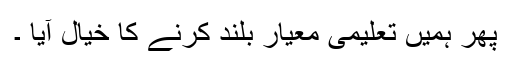
پھر ہمیں تعلیمی معیار بلند کرنے کا خیال آیا ۔